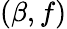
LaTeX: (\beta,f)